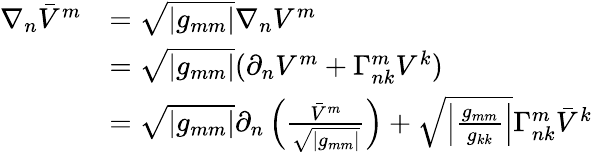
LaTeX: \begin{array}{rl}{\nabla_{n}\bar{V}^{m}}&{=\sqrt{|g_{mm}|}\nabla_{n}V^{m}}\\ &{=\sqrt{|g_{mm}|}(\partial_{n}V^{m}+\Gamma_{nk}^{m}V^{k})}\\ &{=\sqrt{|g_{mm}|}\partial_{n}\left(\frac{\bar{V}^{m}}{\sqrt{|g_{mm}|}}\right)+\sqrt{\left\lvert\frac{g_{mm}}{g_{kk}}\right\rvert}\Gamma_{nk}^{m}\bar{V}^{k}}\end{array}